Report on plague and inoculation in the Punjab from October 1st ... to September 30th..., being the ... season of plague in the province
Disease focus: Plague
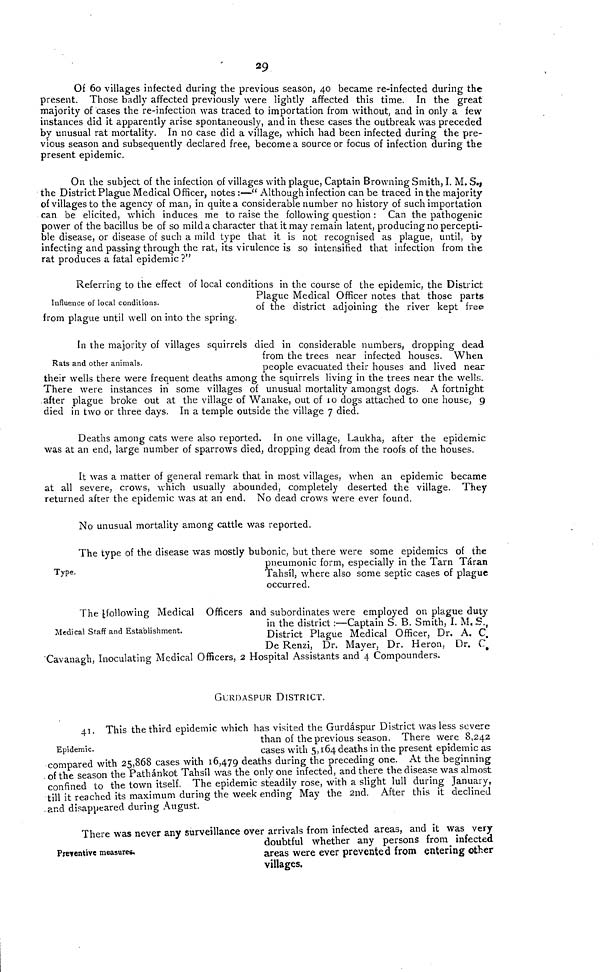
29
Of 6o villages infected during the previous season, 40 became re-infected during the
present. Those badly affected previously were lightly affected this time. In the great
majority of cases the re-infection was traced to importation from without, and in only a few
instances did it apparently arise spontaneously, and in these cases the outbreak was preceded
by unusual rat mortality. In no case did a village, which had been infected during the pre-
vious season and subsequently declared free, become a source or focus of infection during the
present epidemic.
On the subject of the infection of villages with plague, Captain Browning Smith, I. M. S.,
the District Plague Medical Officer, notes :—" Although infection can be traced in the majority
of villages to the agency of man, in quite a considerable number no history of such importation
can be elicited, which induces me to raise the following question : Can the pathogenic
power of the bacillus be of so mild a character that it may remain latent, producing no percepti-
ble disease, or disease of such a mild type that it is not recognised as plague, until, by
infecting and passing through the rat, its virulence is so intensified that infection from the
rat produces a fatal epidemic ?"
Influence of local conditions.
Referring to the effect of local conditions in the course of the epidemic, the District
Plague Medical Officer notes that those parts
of the district adjoining the river kept free
from plague until well on into the spring.
Rats and other animals.
In the majority of villages squirrels died in considerable numbers, dropping dead
from the trees near infected houses. When
people evacuated their houses and lived near
their wells there were frequent deaths among the squirrels living in the trees near the wells.
There were instances in some villages of unusual mortality amongst dogs. A fortnight
.after plague broke out at the village of Wanake, out of 10 dogs attached to one house, 9
died in two or three days. In a temple outside the village 7 died.
Deaths among cats were also reported. In one village, Laukha, after the epidemic
was at an end, large number of sparrows died, dropping dead from the roofs of the houses.
It was a matter of general remark that in most villages, when an epidemic became
at all severe, crows, which usually abounded, completely deserted the village. They
returned after the epidemic was at an end. No dead crows were ever found.
No unusual mortality among cattle was reported.
Type.
The type of the disease was mostly bubonic, but there were some epidemics of the
pneumonic form, especially in the Tarn Taran
Tahsil. where also some septic cases of plague
occurred.
Medical Staff and Establishment.
The following Medical Officers and subordinates were employed on plague duty
in the district :—Captain S. B. Smith, I. M, S.,
District Plague Medical Officer, Dr. A. C.
De Renzi, Dr. Mayer, Dr. Heron, Dr. C.
Cavanagh, Inoculating Medical Officers, 2 Hospital Assistants and 4 Compounders.
GURDASPUR DISTRICT.
Epidemic.
41. This the third epidemic which has visited the Gurdaspur District was less severe
than of the previous season. There were 8,242
cases with 5,164 deaths in the present epidemic as
compared with 25,868 cases with 16,479 deaths during the preceding one. At the beginning
of the season the Pathánkot Tahsíl was the only one infected, and there the disease was almost
confined to the town itself. The epidemic steadily rose, with a slight lull during January,
till it reached its maximum during the week ending May the 2nd. After this it declined
and disappeared during August.
Preventive measures.
There was never any surveillance over arrivals from infected areas, and it was very-
doubtful whether any persons from_ infected
areas were ever prevented from entering other
villages.